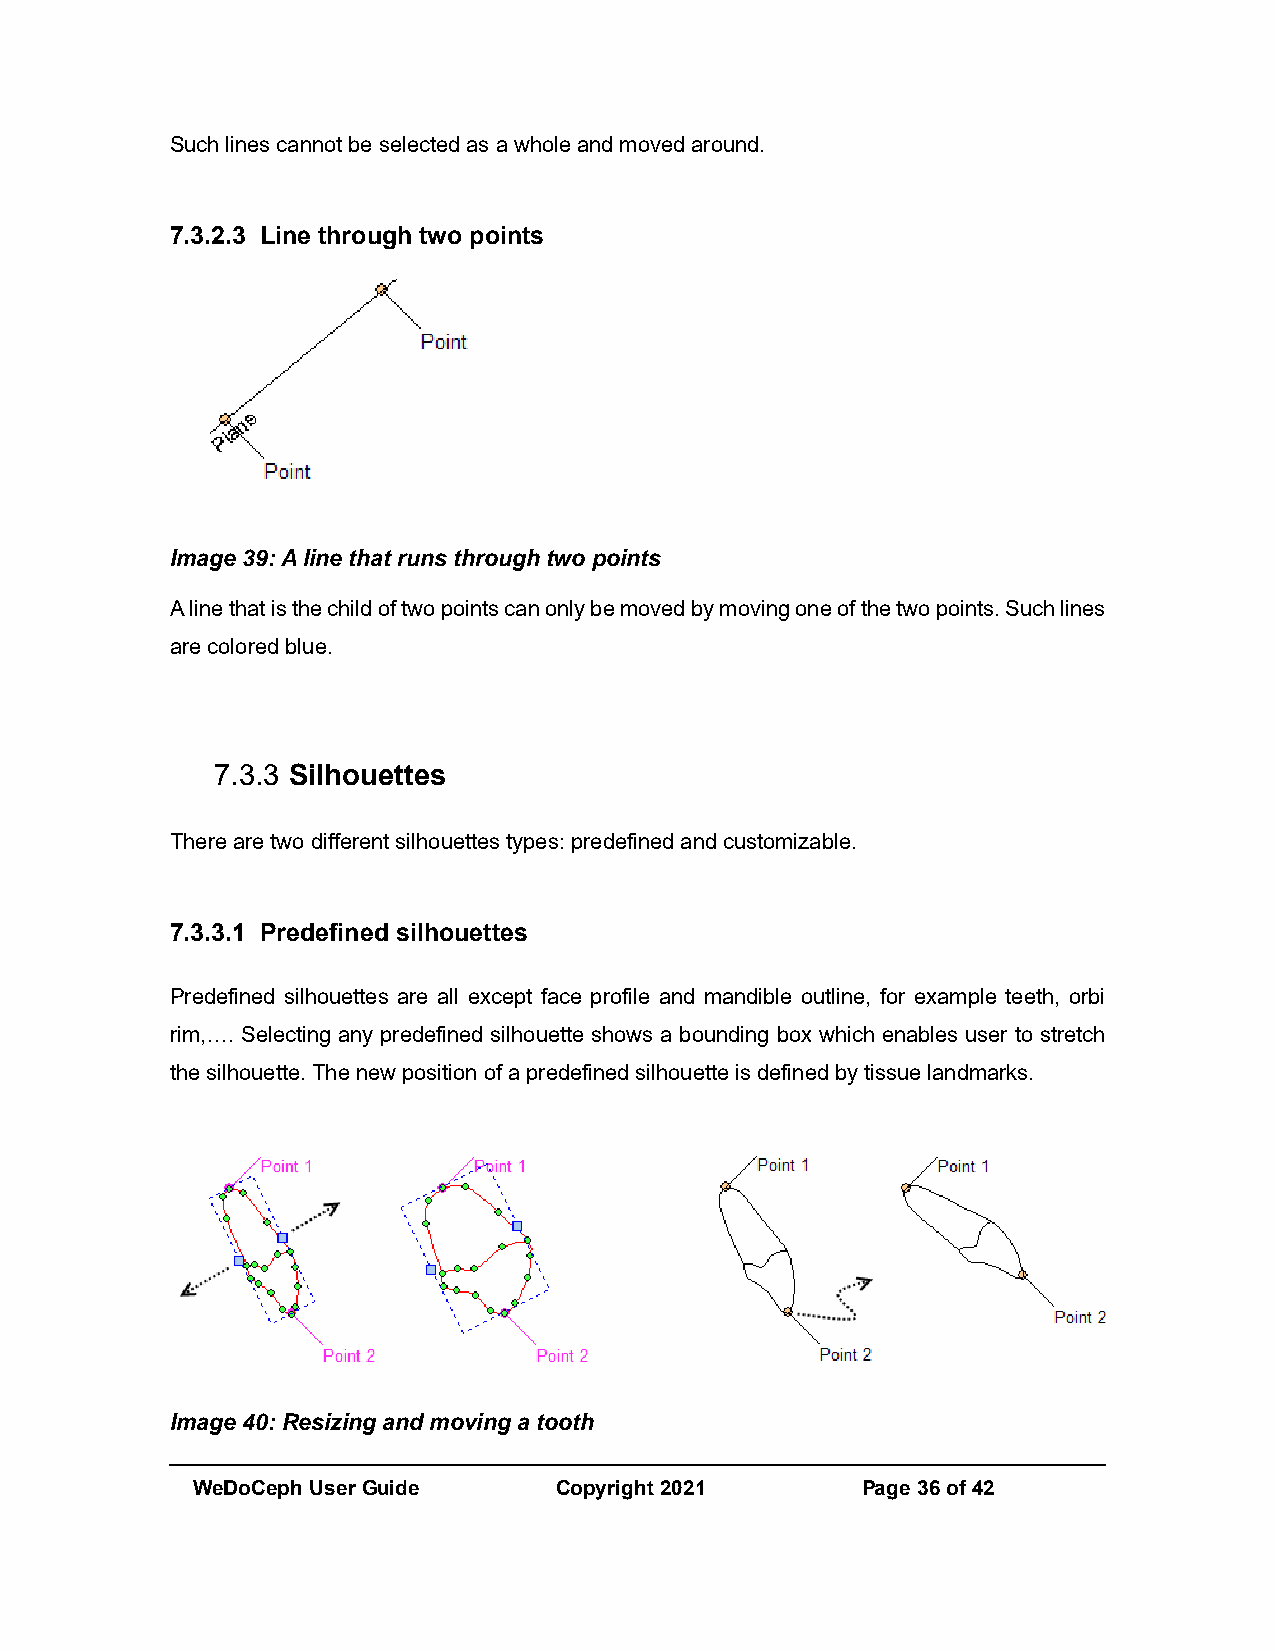
Such lines cannot be selected as a whole and moved around.
 7.3.2.3 Line through two points
 Image 39: A line that runs through two points
 A line that is the child of two points can only be moved by moving one of the two points. Such lines
 are colored blue.
 7.3.3 Silhouettes
 There are two different silhouettes types: predefined and customizable.
 7.3.3.1 Predefined silhouettes
 Predefined silhouettes are all except face profile and mandible outline, for example teeth, orbi
 rim,…. Selecting any predefined silhouette shows a bounding box which enables user to stretch
 the silhouette. The new position of a predefined silhouette is defined by tissue landmarks.
 Image 40: Resizing and moving a tooth
 WeDoCeph User Guide     Copyright 2021      Page 36 of 42